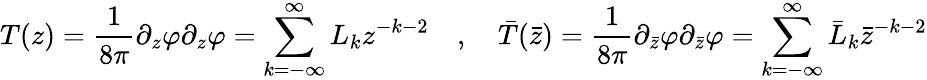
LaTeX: T(z)=\frac{1}{8\pi}\partial_{z}\varphi\partial_{z}\varphi=\sum_{k=-\infty}^{\infty}L_{k}z^{-k-2}\quad,\quad\bar{T}(\bar{z})=\frac{1}{8\pi}\partial_{\bar{z}}\varphi\partial_{\bar{z}}\varphi=\sum_{k=-\infty}^{\infty}\bar{L}_{k}\bar{z}^{-k-2}